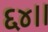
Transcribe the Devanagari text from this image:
६४।।